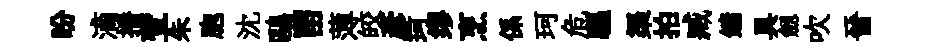
盼滴播萱朱胞沈鷗㽞薄皎彥珂缪烹係珂危驅渠拍臧鏞具劔吹晉